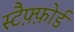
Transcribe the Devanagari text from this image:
स्टैफ़्फ़ोर्ड